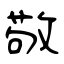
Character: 敬